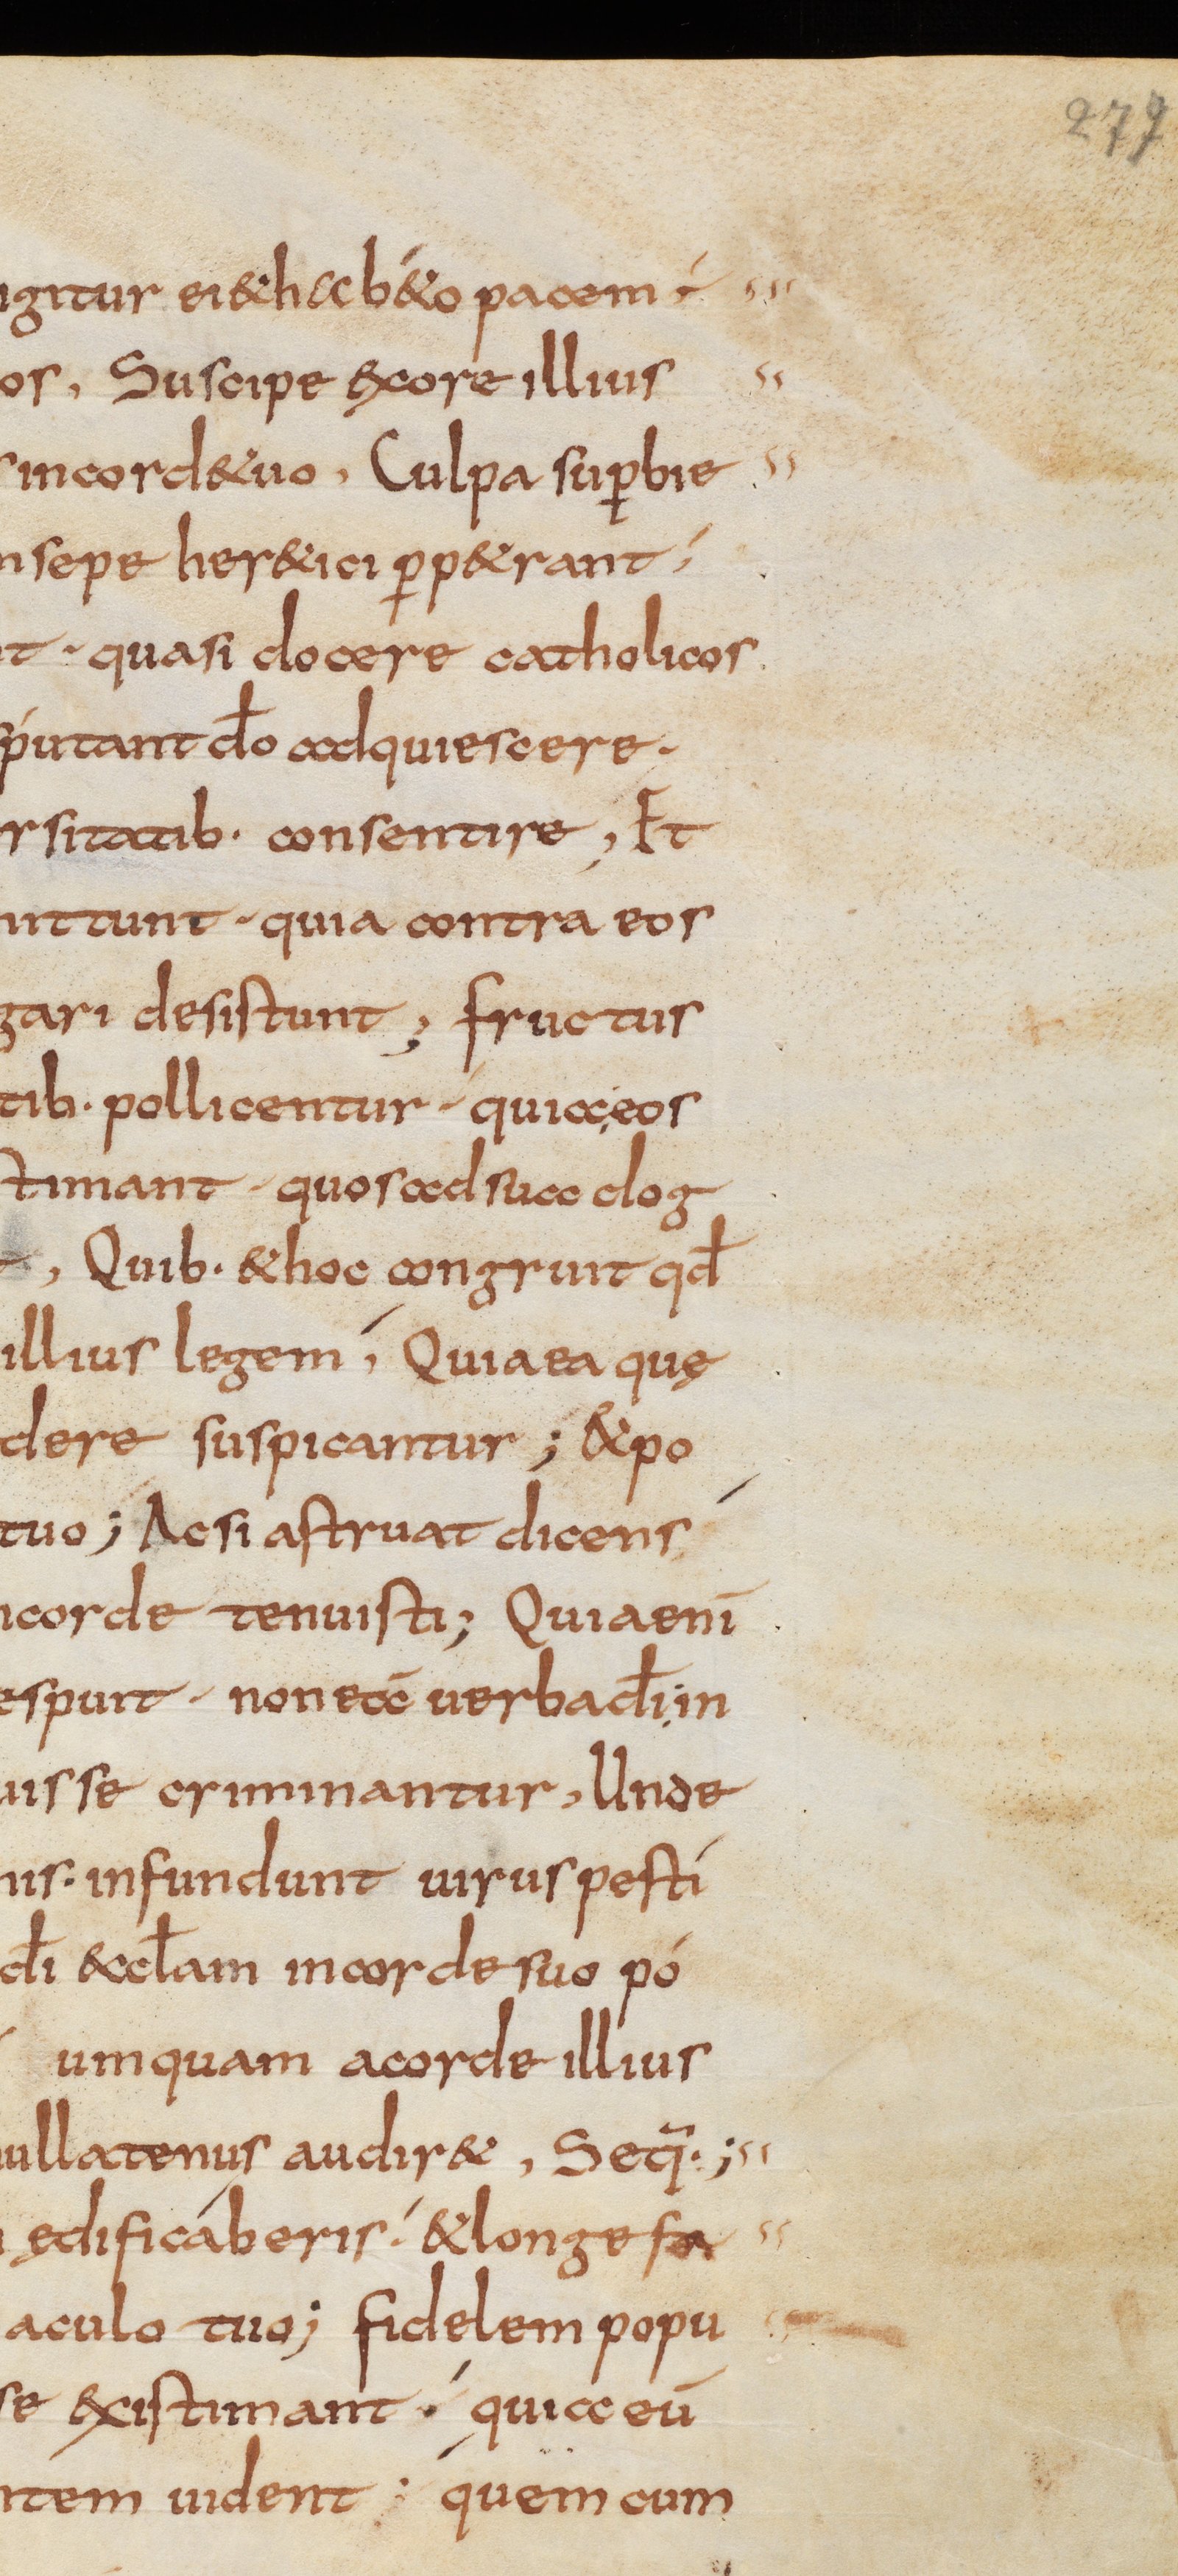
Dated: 800–832